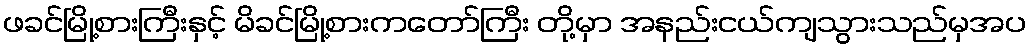
ဖခင်မြို့စားကြီးနှင့် မိခင်မြို့စားကတော်ကြီး တို့မှာ အနည်းငယ်ကျသွားသည်မှအပ